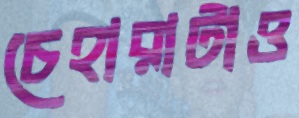
চেহারাটাও